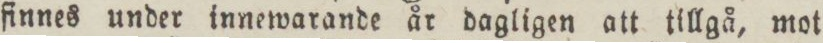
finnes under innewarande år dagligen att tillgå, mot